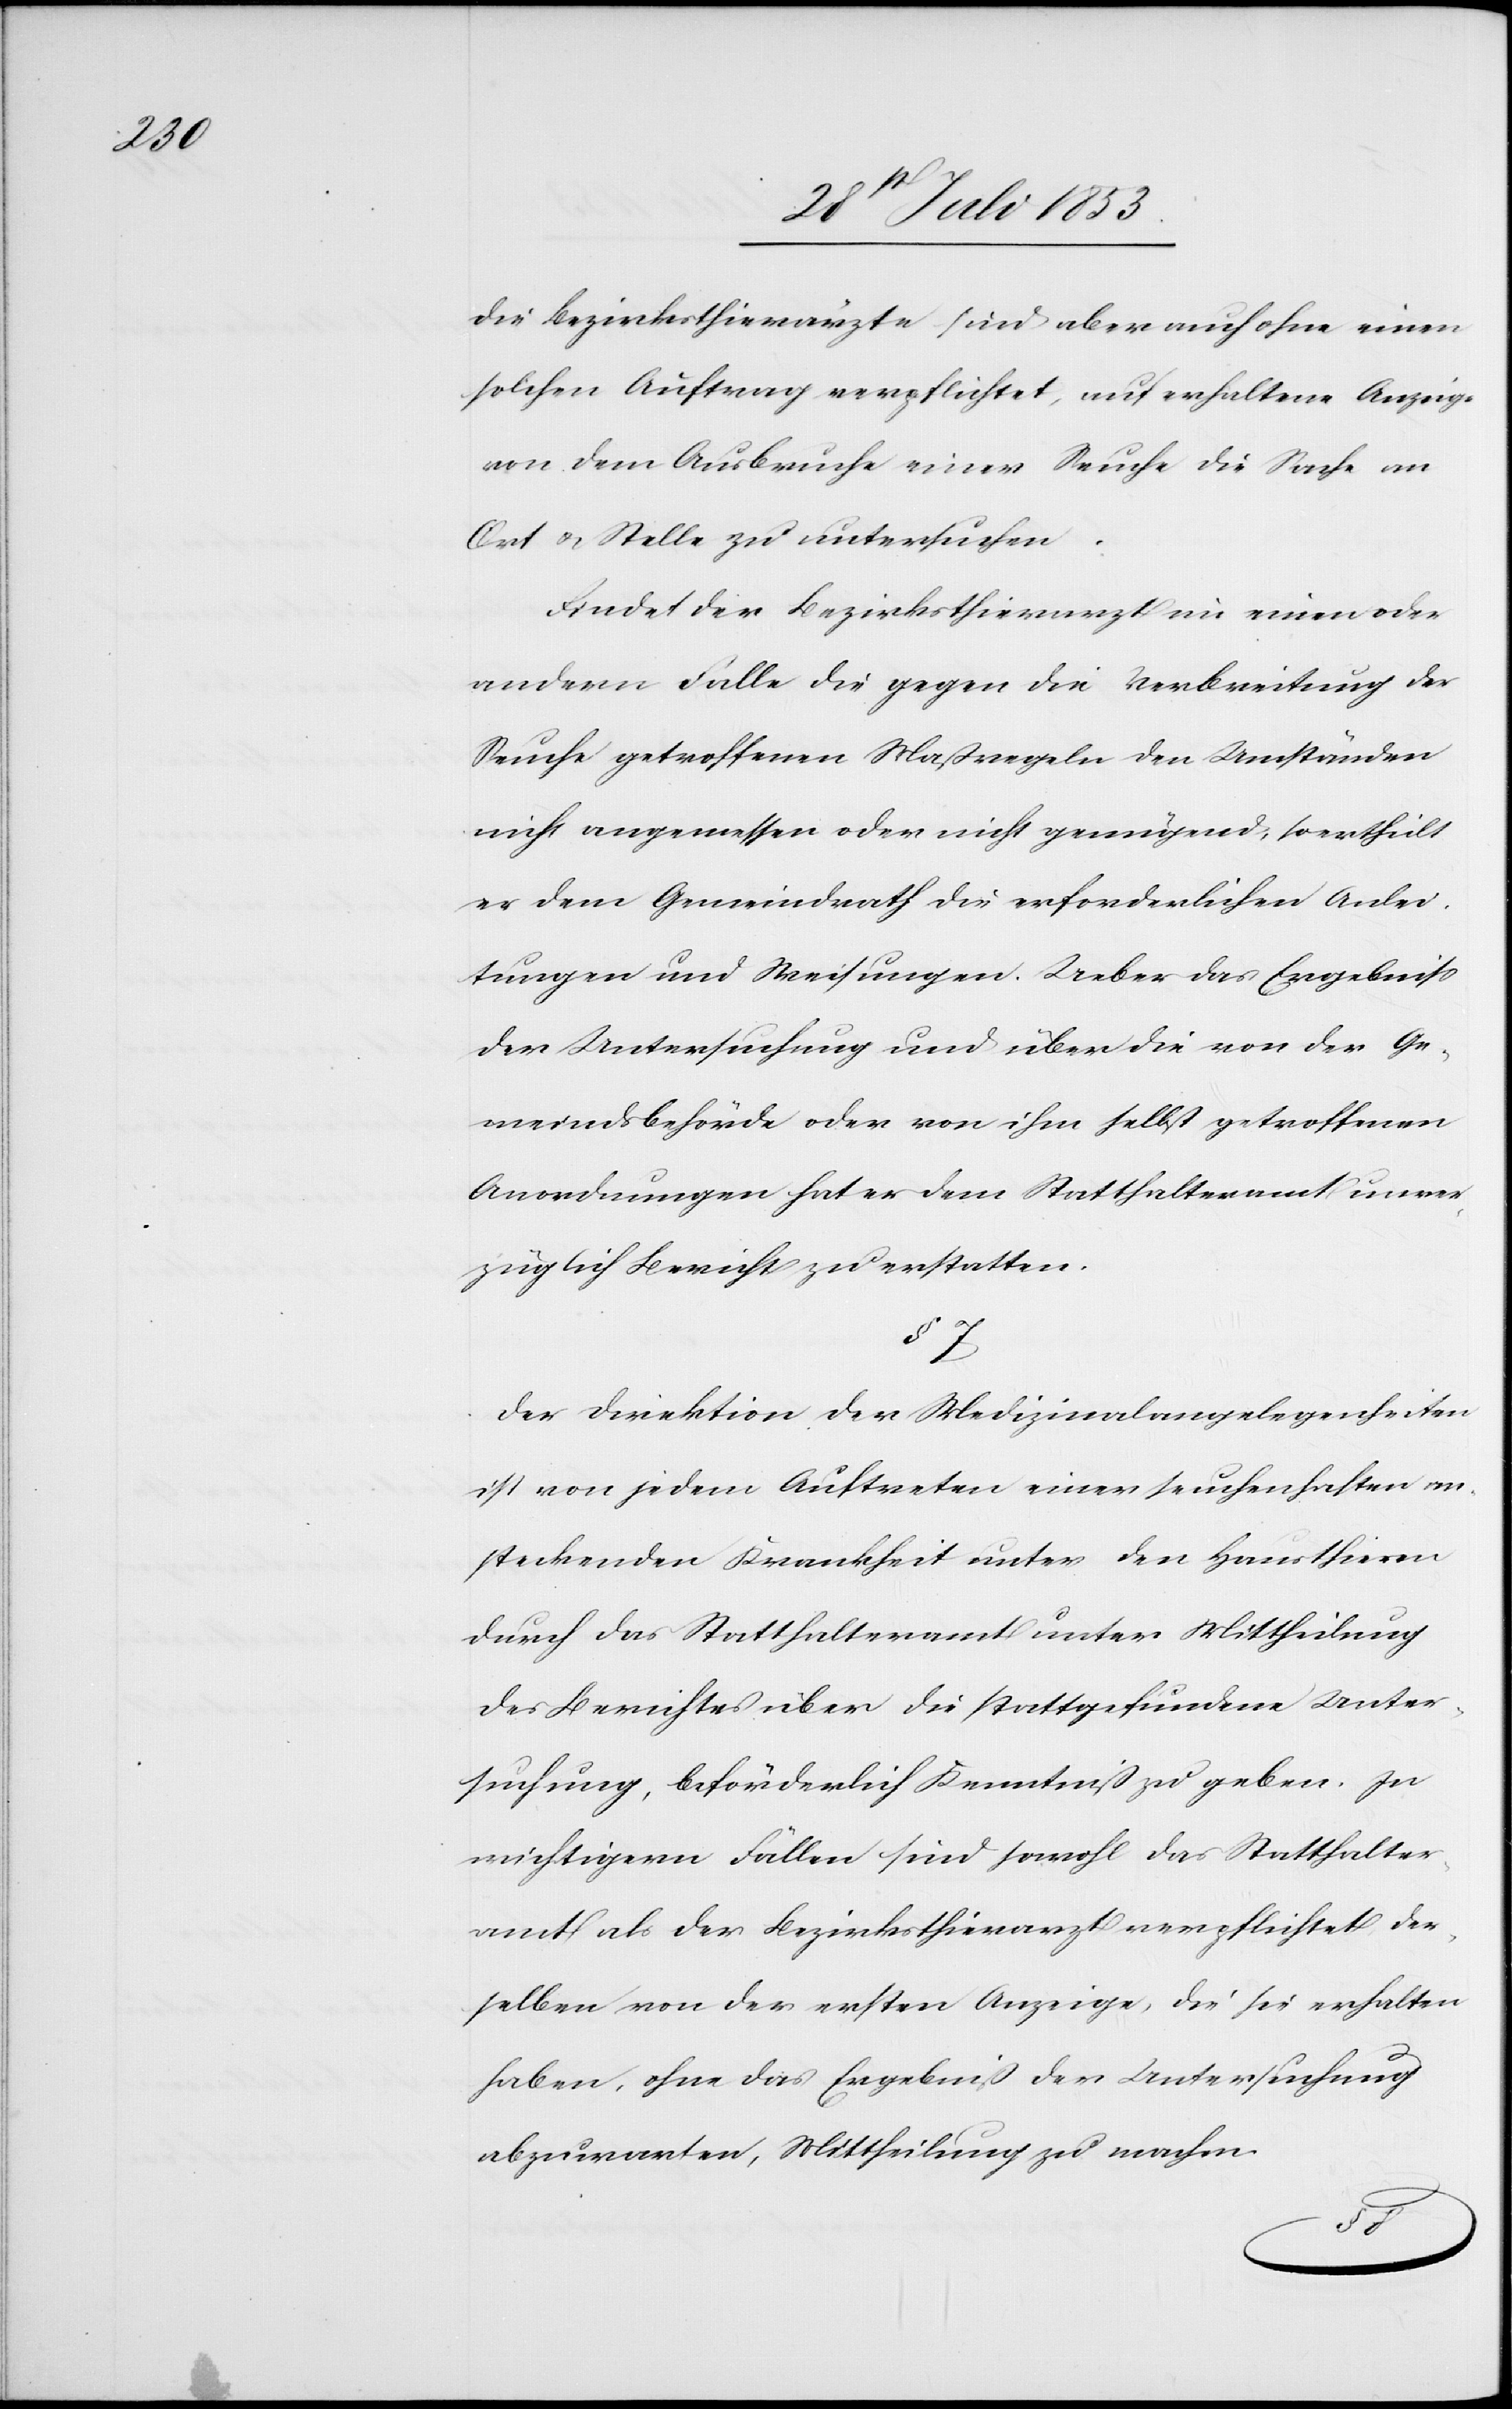
Die Bezirksthierärzte sind aber auch ohne einen
solchen Auftrag verpflichtet, auf erhaltene Anzeige
von dem Ausbruche einer Seuche die Sache an
Ort u. Stelle zu untersuchen.
Findet der Bezirksrath im einen oder
andern Falle die gegen die Verbreitung der
Seuche getroffene Maßregeln den Umständen
nicht angemessen oder nicht genügend, so ertheilt
er dem Gemeindrath die erforderlichen Anlei¬
tungen und Weisungen. Ueber das Ergebniß
der Untersuchung und über die von der Ge¬
meindsbehörde oder von ihm selbst getroffenen
Anordnungen hat er dem Statthalteramt unver¬
züglich Bericht zu erstatten.
§ 7.
Der Direktion der Medizinalangelegenheiten
ist von jedem Auftreten einer seuchenhaften an¬
steckenden Krankheit unter den Hausthieren
durch das Statthalteramt unter Mittheilung
des Berichtes über die stattgefundene Unter¬
suchung, beförderlich Kenntniß zu geben. In
wichtigern Fällen sind sowohl das Statthalter¬
amt als der Bezirksthierarzt verpflichtet der¬
selben von der ersten Anzeige, die sie erhalten
haben, ohne das Ergebniß der Untersuchung
abzuwarten, Mittheilung zu machen.